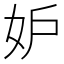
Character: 妒